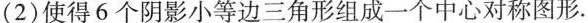
(2)使得6个阴影小等边三角形组成一个中心对称图形。